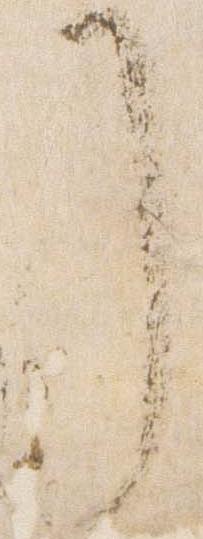
了